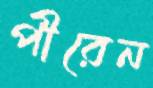
পীরেন